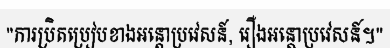
"ការប្រិតប្រៀបខាងអន្តោប្រវេសន៍, រឿងអន្តោប្រវេសន៍។"